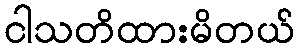
ငါသတိထားမိတယ်